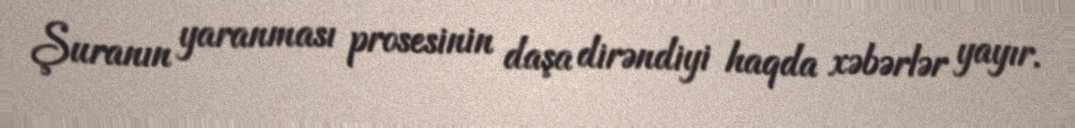
Şuranın yaranması prosesinin daşa dirəndiyi haqda xəbərlər yayır.